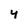
Character: 4